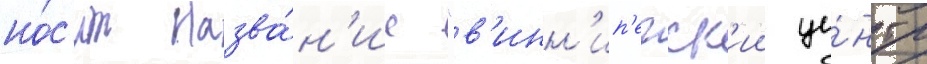
но́с'ит назва́н'ие "в'инн'ип'егск'ии це́нтр